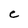
Character: e